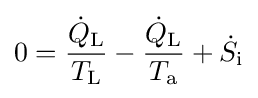
0={\frac {{\dot {Q}}_{\text{L}}}{T_{\text{L}}}}-{\frac {{\dot {Q}}_{\text{L}}}{T_{\text{a}}}}+{\dot {S}}_{\text{i}}